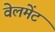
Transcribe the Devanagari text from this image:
वेलमेंट